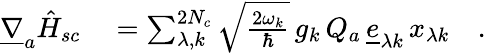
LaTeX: \begin{array}{rl}{\underline{{\nabla}}_{a}\hat{H}_{sc}}&{{}=\sum_{\lambda,k}^{2N_{c}}\sqrt{\frac{2\omega_{k}}{\hbar}}\, g_{k}\, Q_{a}\, \underline{{e}}_{\lambda k}\, x_{\lambda k}\quad.}\end{array}